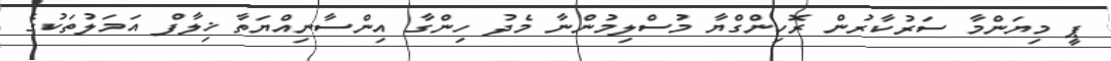
ޕީ މިޔަންމާ ސަރުކާރުން ރޮހިންގްޔާ މުސްލިމުންނާ މެދު ހިންގާ އިންސާނިއްޔަތާ ޚިލާފް އަމަލުތަކުގެ